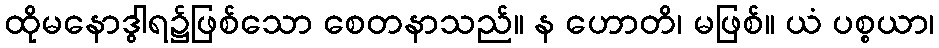
ထိုမနောဒွါရ၌ဖြစ်သော စေတနာသည်။ န ဟောတိ၊ မဖြစ်။ ယံ ပစ္စယာ၊